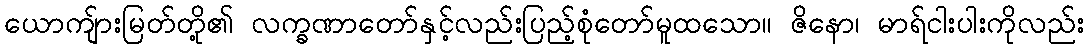
ယောကျ်ားမြတ်တို့၏ လက္ခဏာတော်နှင့်လည်းပြည့်စုံတော်မူထသော။ ဇိနော၊ မာရ်ငါးပါးကိုလည်း